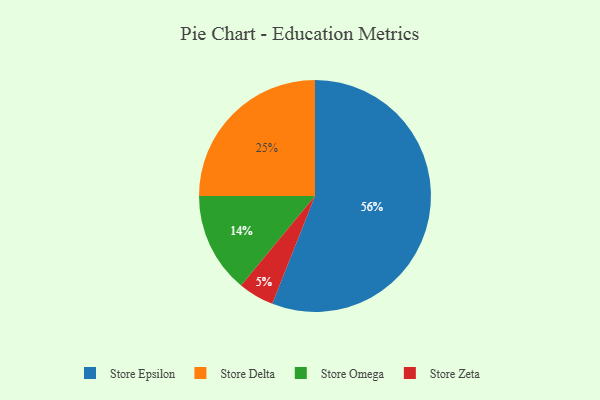
{"axis": {"x": "Category", "y": "Percentage"}, "legend": ["Store Delta", "Store Epsilon", "Store Omega", "Store Zeta"], "data": [{"x": "Store Zeta", "y": 5, "type": "Store Zeta"}, {"x": "Store Omega", "y": 14, "type": "Store Omega"}, {"x": "Store Delta", "y": 25, "type": "Store Delta"}, {"x": "Store Epsilon", "y": 56, "type": "Store Epsilon"}]}